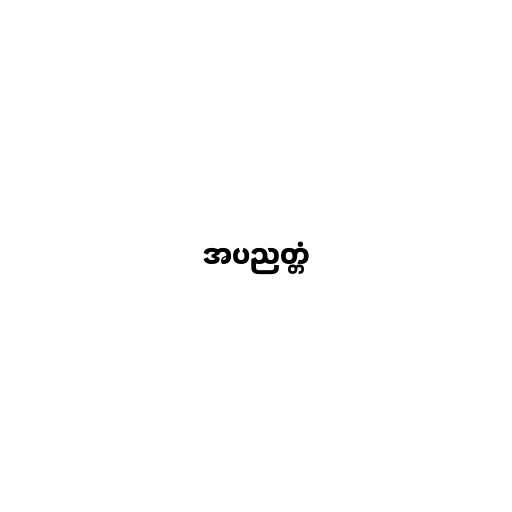
အပညတ္တံ